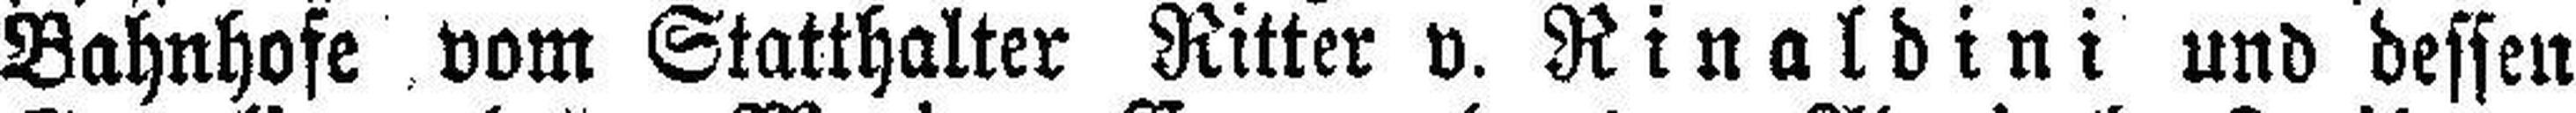
Bahnhofe vom Statthalter Ritter v. Rinaldini und dessen